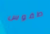
طقوس